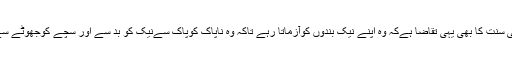
اور یقیناً اللہ کی سنت کا بھی یہی تقاضا ہےکہ وہ اپنے نیک بندوں کوآزماتا رہے تاکہ وہ ناپاک کوپاک سےنیک کو بد سے اور سچے کوجھوٹے سے جدا کردے ۔